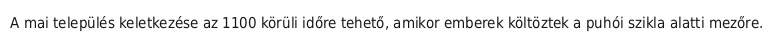
A mai település keletkezése az 1100 körüli időre tehető, amikor emberek költöztek a puhói szikla alatti mezőre.